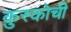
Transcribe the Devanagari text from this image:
कुस्कोची